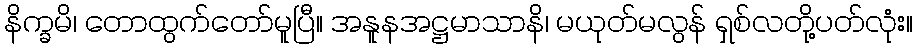
နိက္ခမိ၊ တောထွက်တော်မူပြီ။ အနူနအဋ္ဌမာသာနိ၊ မယုတ်မလွန် ရှစ်လတို့ပတ်လုံး။